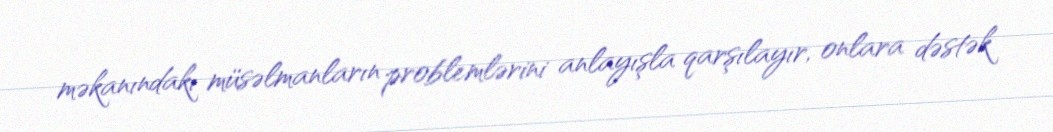
məkanındakı müsəlmanların problemlərini anlayışla qarşılayır, onlara dəstək